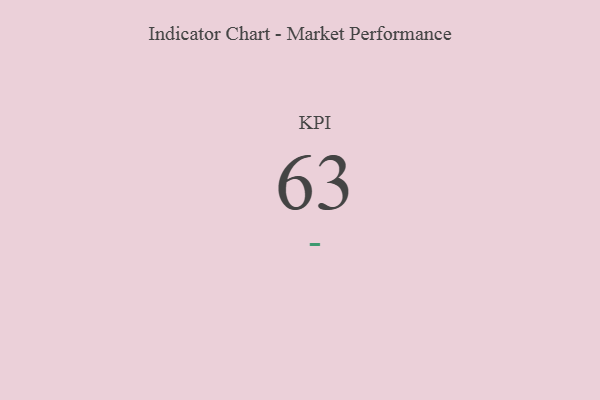
{"axis": {"x": "KPI", "y": "Value"}, "legend": [""], "data": [{"x": "KPI", "y": 63, "type": ""}]}